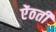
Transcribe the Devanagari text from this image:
ऐंठती